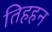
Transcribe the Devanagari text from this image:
तिहहन